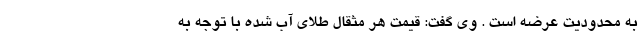
به محدودیت عرضه است . وی گفت: قیمت هر مثقال طلای آب شده با توجه به